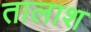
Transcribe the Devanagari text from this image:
तालाश